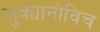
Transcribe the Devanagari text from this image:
लुक्यानोविच